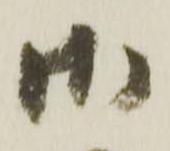
御